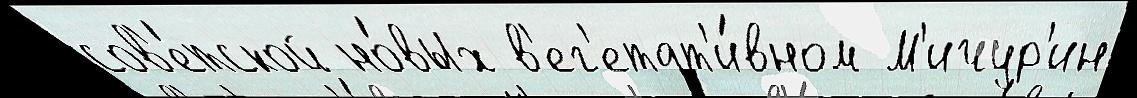
сов'е́тской но́вых в'ег'етат'и́вном М'ичур'ин